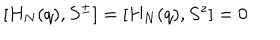
[ H _ { N } ( q ) , S ^ { \pm } ] = [ H _ { N } ( q ) , S ^ { z } ] = 0